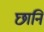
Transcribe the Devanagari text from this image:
छानि